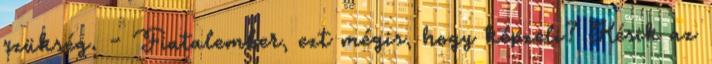
szükség. - Fiatalember, ezt mégis, hogy képzeli? Késik az